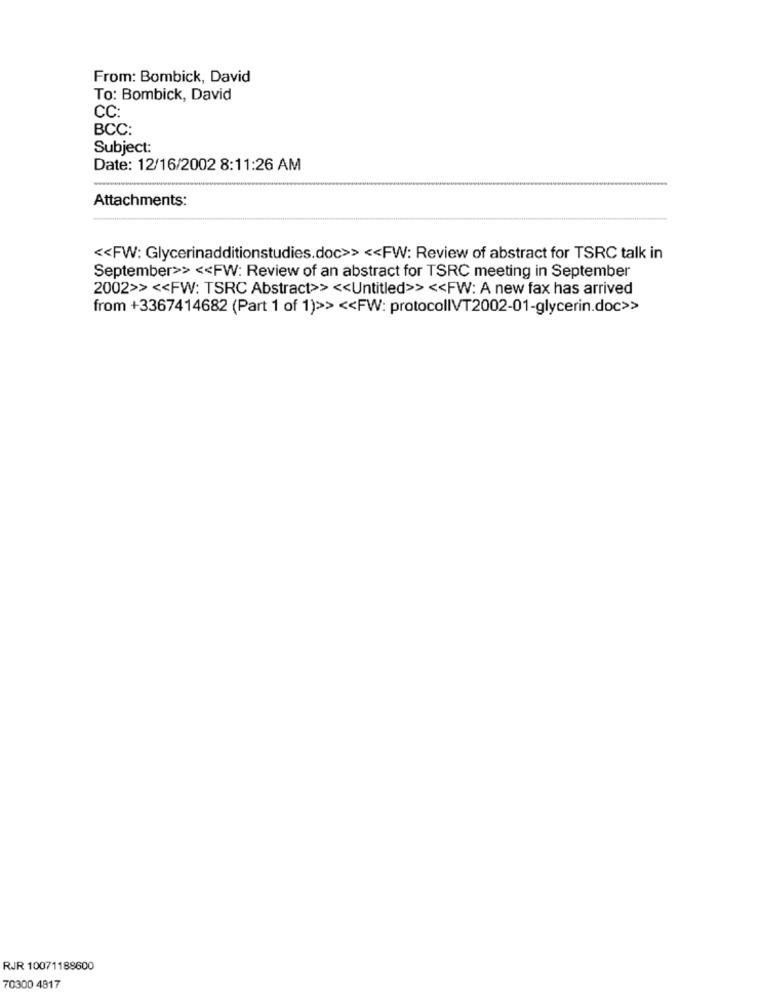
From: Bombick, David
To: Bombick, David
CC:
BCC:
Subject:
Date: 12/16/2002 8:11:26 AM
Attachments:
<< FW: Glycerinadditionstudies.doc>> << FW: Review of abstract for TSRC talk in
September>> << FW: Review of an abstract for TSRC meeting in September
2002>> << FW: TSRC Abstract>> << Untitled>> << FW: A new fax has arrived
from +3367414682 (Part 1 of 1)>> << FW: protocolIVT2002-01-glycerin.doc>>
RJR 10071188600
70300 4817